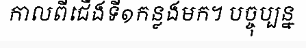
កាលពីជើងទី១កន្លងមក។ បច្ចុប្បន្ន